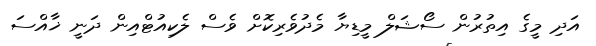
އަދި މީގެ އިތުރުން ސޯޝަލް މީޑިޔާ މެދުވެރިކޮށް ވެސް ލެކިއުޓްއިން ދަނީ ޚާއްސަ